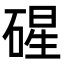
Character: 䃏